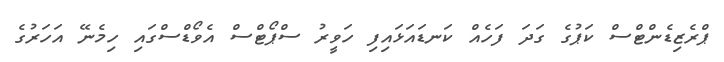
ޕްރެޒިޑެންޓްސް ކަޕުގެ ގަދަ ފަހެއް ކަނޑައަޅައިފި ހަވީރު ސްޕޯޓްސް އެވޯޑްސްގައި ހިމެނޭ އަހަރުގެ